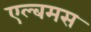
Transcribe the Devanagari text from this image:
एल्बमस